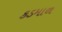
કડમાળ